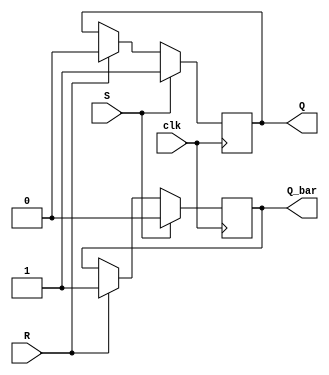
module sr_ff (
    input wire S,
    input wire R,
    input wire clk,
    output reg Q,
    output reg Q_bar
);

always @(posedge clk) begin
    if (S) begin
        Q <= 1'b1;
        Q_bar <= 1'b0;
    end else if (R) begin
        Q <= 1'b0;
        Q_bar <= 1'b1;
    end
end

endmodule